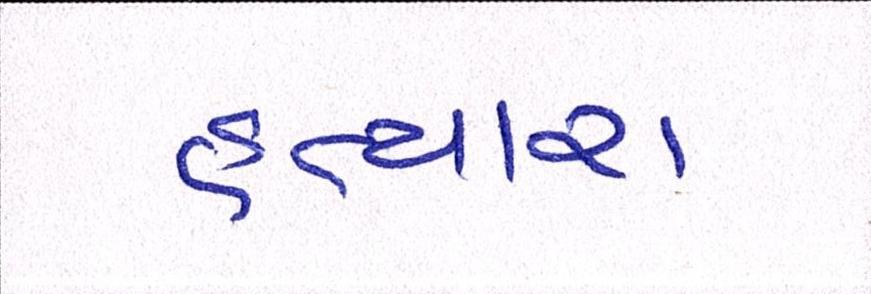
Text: હત્યારા